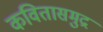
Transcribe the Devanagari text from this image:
कवितासमुद्र